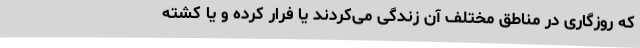
که روزگاری در مناطق مختلف آن زندگی می‌کردند یا فرار کرده و یا کشته